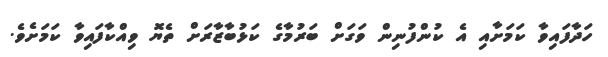
ހަދާފައިވާ ކަމަށާއި އެ ކުންފުނިން ވަގަށް ބަރުމާގެ ކަޅުބާޒާރަށް ތެޔޮ ވިއްކާފައިވާ ކަމަށެވެ.